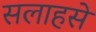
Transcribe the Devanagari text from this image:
सलाहसे